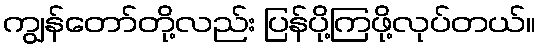
ကျွန်တော်တို့လည်း ပြန်ပို့ကြဖို့လုပ်တယ်။